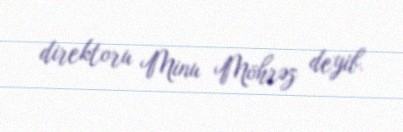
direktoru Minu Möhrəz deyib.